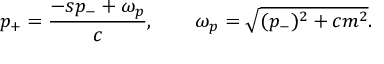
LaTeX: p _ { + } = { \frac { - s p _ { - } + \omega _ { p } } { c } } , \qquad \omega _ { p } = \sqrt { ( p _ { - } ) ^ { 2 } + c m ^ { 2 } } .